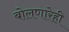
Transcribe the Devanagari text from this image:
बोलणारेही